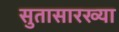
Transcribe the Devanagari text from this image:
सुतासारख्या